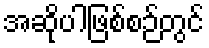
အဆိုပါဖြစ်စဉ်တွင်